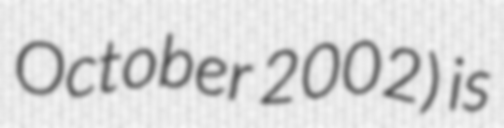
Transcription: October 2002) is